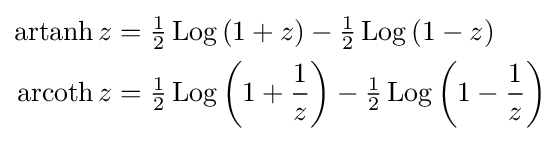
{\begin{aligned}\operatorname {artanh} z&={\tfrac {1}{2}}\operatorname {Log} \left({1+z}\right)-{\tfrac {1}{2}}\operatorname {Log} \left({1-z}\right)\\\operatorname {arcoth} z&={\tfrac {1}{2}}\operatorname {Log} \left({1+{\frac {1}{z}}}\right)-{\tfrac {1}{2}}\operatorname {Log} \left({1-{\frac {1}{z}}}\right)\end{aligned}}